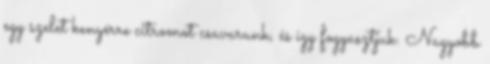
egy szelet kenyérre citromot csavarunk, és így fogyasztjuk. Nagyobb